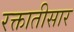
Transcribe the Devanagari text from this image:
रक्तातीसार